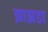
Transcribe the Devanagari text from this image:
झाझडा